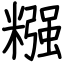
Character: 糨